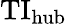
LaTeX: \mathrm{TI}_{\mathrm{hub}}